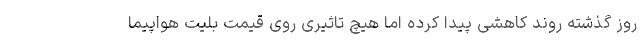
روز گذشته روند کاهشی پیدا کرده اما هیچ تاثیری روی قیمت بلیت هواپیما